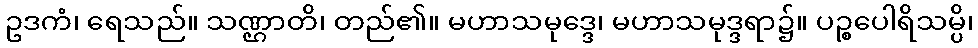
ဥဒကံ၊ ရေသည်။ သဏ္ဌာတိ၊ တည်၏။ မဟာသမုဒ္ဒေ၊ မဟာသမုဒ္ဒရာ၌။ ပဉ္စပေါရိသမ္ပိ၊